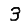
Digit: 3